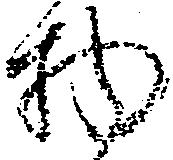
物